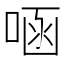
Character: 㖤